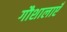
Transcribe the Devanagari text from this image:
गौशालाएँ